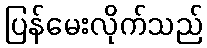
ပြန်မေးလိုက်သည်